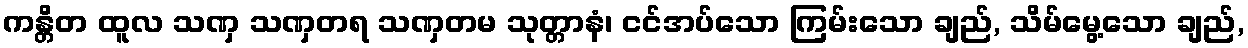
ကန္တိတ ထူလ သဏှ သဏှတရ သဏှတမ သုတ္တာနံ၊ ငင်အပ်သော ကြမ်းသော ချည်, သိမ်မွေ့သော ချည်,